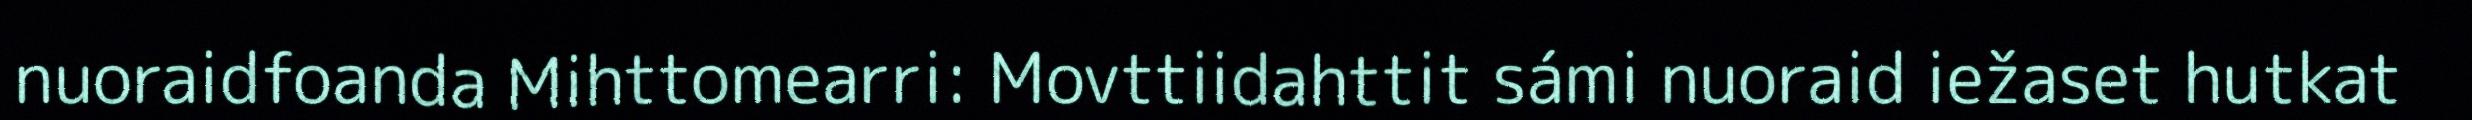
nuoraidfoanda Mihttomearri: Movttiidahttit sámi nuoraid iežaset hutkat